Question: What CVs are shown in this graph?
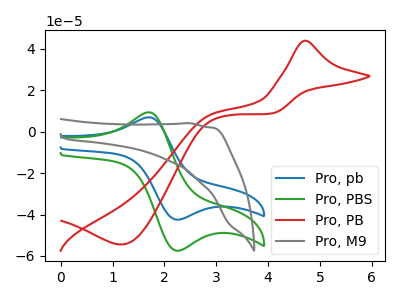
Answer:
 <answer>The blue curve is labeled "Pro, pb". The green curve is labeled "Pro, PBS". The red curve is labeled "Pro, PB". The gray curve is labeled "Pro, M9".</answer>
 <eval></eval>